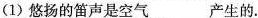
(1)悠扬的笛声是空气___产生的。